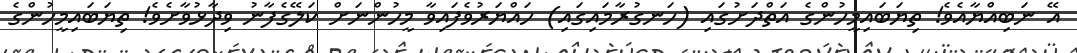
އޭ ނަބިއްޔާއެވެ! ތިޔަބައިމީހުންގެ އަތްދަށުގައި (ހަނގުރާމައިގައި) ހައްޔަރުވެފައިވާ މީހުންނަށް ކަލޭގެފާނު ވިދާޅުވާށެވެ! ތިޔަބައިމީހުންގެ